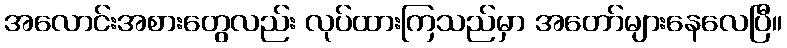
အလောင်းအစားတွေလည်း လုပ်ထားကြသည်မှာ အတော်များနေလေပြီ။